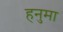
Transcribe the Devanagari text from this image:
हनुमा